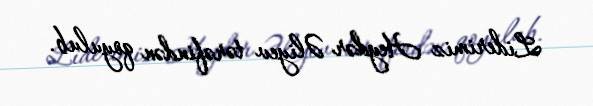
Liderimiz Heydər Əliyev tərəfindən qoyulub.